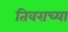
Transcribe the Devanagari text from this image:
तिवराच्या